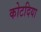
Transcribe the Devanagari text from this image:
कोटदिया